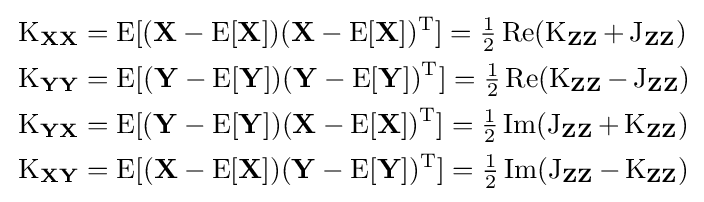
{\begin{aligned}&\operatorname {K} _{\mathbf {X} \mathbf {X} }=\operatorname {E} [(\mathbf {X} -\operatorname {E} [\mathbf {X} ])(\mathbf {X} -\operatorname {E} [\mathbf {X} ])^{\mathrm {T} }]={\tfrac {1}{2}}\operatorname {Re} (\operatorname {K} _{\mathbf {Z} \mathbf {Z} }+\operatorname {J} _{\mathbf {Z} \mathbf {Z} })\\&\operatorname {K} _{\mathbf {Y} \mathbf {Y} }=\operatorname {E} [(\mathbf {Y} -\operatorname {E} [\mathbf {Y} ])(\mathbf {Y} -\operatorname {E} [\mathbf {Y} ])^{\mathrm {T} }]={\tfrac {1}{2}}\operatorname {Re} (\operatorname {K} _{\mathbf {Z} \mathbf {Z} }-\operatorname {J} _{\mathbf {Z} \mathbf {Z} })\\&\operatorname {K} _{\mathbf {Y} \mathbf {X} }=\operatorname {E} [(\mathbf {Y} -\operatorname {E} [\mathbf {Y} ])(\mathbf {X} -\operatorname {E} [\mathbf {X} ])^{\mathrm {T} }]={\tfrac {1}{2}}\operatorname {Im} (\operatorname {J} _{\mathbf {Z} \mathbf {Z} }+\operatorname {K} _{\mathbf {Z} \mathbf {Z} })\\&\operatorname {K} _{\mathbf {X} \mathbf {Y} }=\operatorname {E} [(\mathbf {X} -\operatorname {E} [\mathbf {X} ])(\mathbf {Y} -\operatorname {E} [\mathbf {Y} ])^{\mathrm {T} }]={\tfrac {1}{2}}\operatorname {Im} (\operatorname {J} _{\mathbf {Z} \mathbf {Z} }-\operatorname {K} _{\mathbf {Z} \mathbf {Z} })\\\end{aligned}}